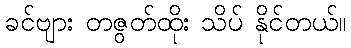
ခင်ဗျား တဇွတ်ထိုး သိပ် နိုင်တယ်။